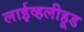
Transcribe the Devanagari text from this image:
लाईव्हलीहूड